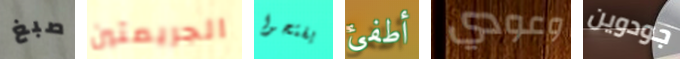
صبغ الجريمتين يفتحوا أطفئ وعودي جودوين